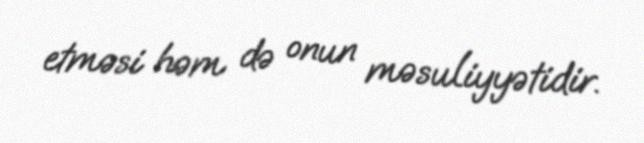
etməsi həm də onun məsuliyyətidir.